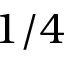
1 / 4